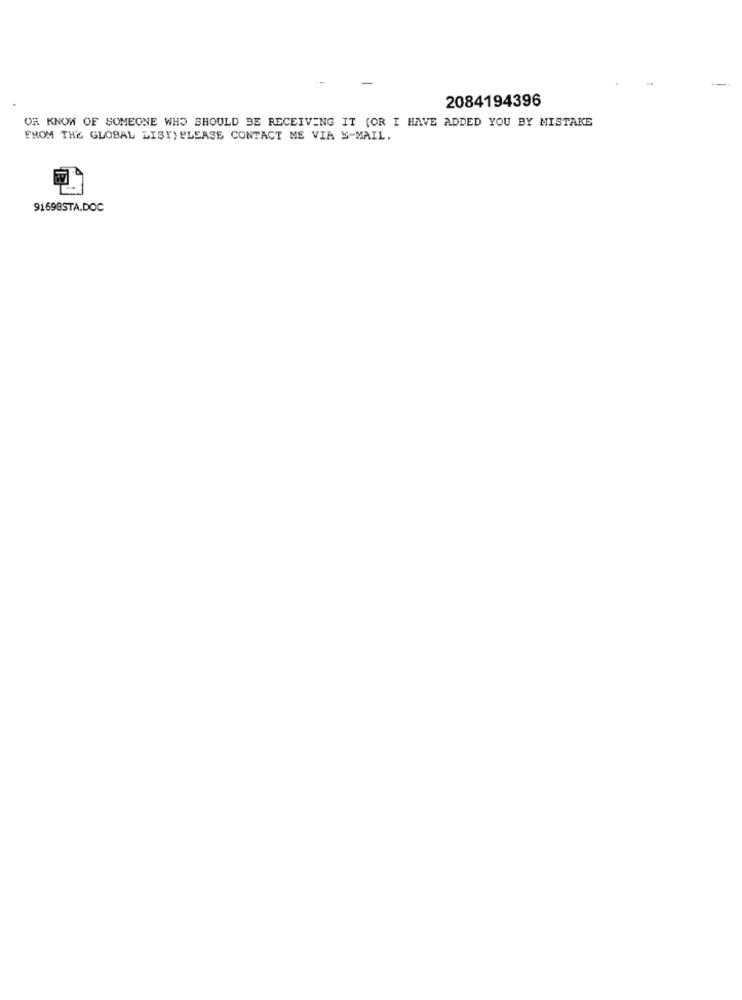
2084194396
OR KNOW OF SOMEONE WHO SHOULD BE RECEIVING IT (OR I HAVE ADDED YOU BY MISTAKE
FROM THE GLOBAL LISY) PLEASE CONTACT ME VIA E-MAIL.
91698STA.DOC